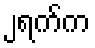
၂ရက်က